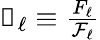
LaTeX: \begin{array}{r}{\mathscr{f}_{\ell}\equiv\frac{F_{\ell}}{\mathcal{F}_{\ell}}}\end{array}